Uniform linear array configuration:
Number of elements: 16
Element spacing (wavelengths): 1
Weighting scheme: binomial
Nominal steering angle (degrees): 60
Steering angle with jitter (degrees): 59.735
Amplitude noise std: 0.05
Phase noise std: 0.05

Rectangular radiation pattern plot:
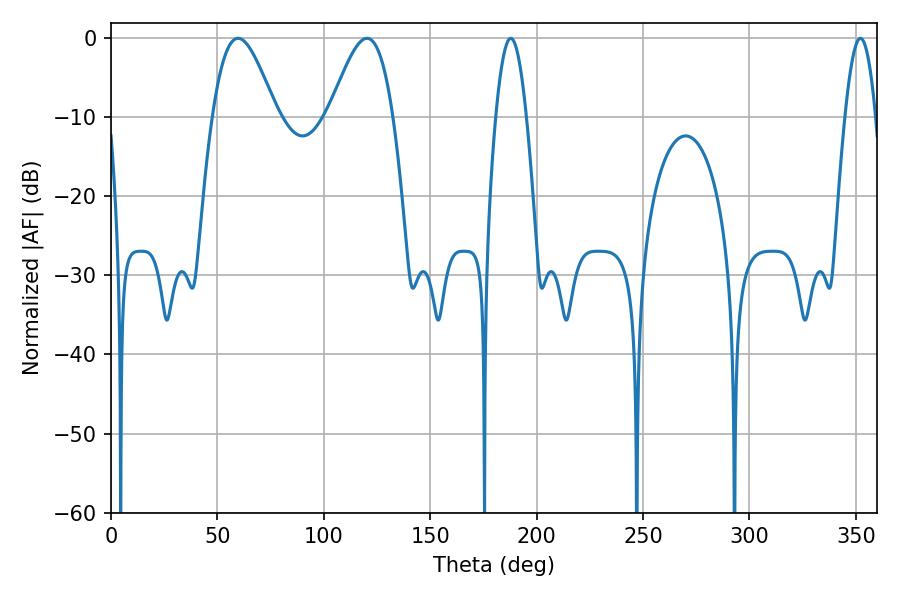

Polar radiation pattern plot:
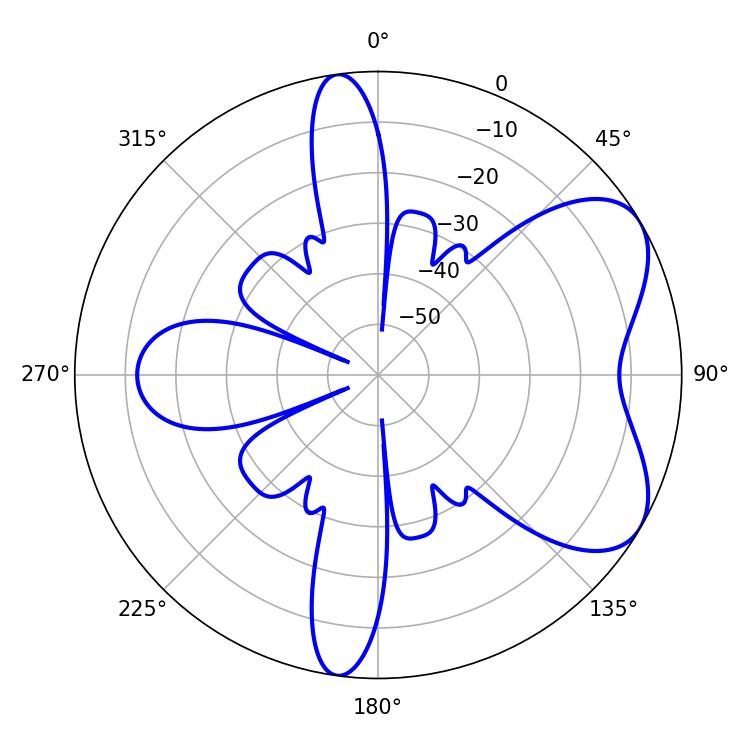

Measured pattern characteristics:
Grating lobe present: TRUE
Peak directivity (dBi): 6.056
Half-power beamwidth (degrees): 16.02
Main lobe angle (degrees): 59.76